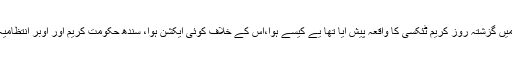
انہوں نے افسران پر برہمی کا اظہار کرتے ہوئیکہا کہ کراچی میں گزشتہ روز کریم ٹئکسی کا واقعہ پیش آیا تھا یے کیسے ہوا،اس کے خلاف کوئی ایکشن ہوا، سندھ حکومت کریم اور اوبر انتظامیہ کو لیٹر لکھے گی تاکہ ایک ہفتے کہ اندر رجسٹریشن کروالیں۔